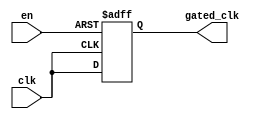
module ClockGatingBuffer (
    input wire clk,        // Primary clock input
    input wire en,        // Enable signal
    output reg gated_clk   // Gated clock output
);

// Internal signal for gated clock
reg clk_d;

// Always block to implement clock gating logic
always @(posedge clk or negedge en) begin
    if (!en) begin
        gated_clk <= 1'b0; // When enable is low, output is held low
    end else begin
        gated_clk <= clk;   // When enable is high, pass through the clock
    end
end

endmodule